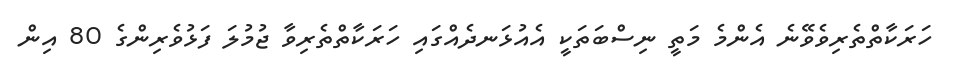
ހަރަކާތްތެރިވެވޭނެ އެންމެ މަތީ ނިސްބަތަކީ އެއުޅަނދެއްގައި ހަރަކާތްތެރިވާ ޖުމުލަ ފަޅުވެރިންގެ 80 އިން